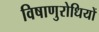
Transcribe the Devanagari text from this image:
विषाणुरोधियों